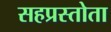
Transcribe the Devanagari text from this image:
सहप्रस्तोता